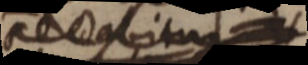
_ dabitur